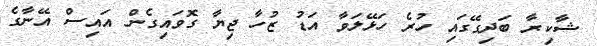
ޝާކިރާ ބަދިގޭގައި ހުރެ ހަޅޭލަވާ އަޑު ޒުހާ ޖިޔާ ގޮވައިގެން އައިސް އޭނާގެ